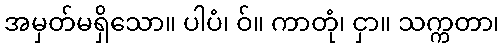
အမှတ်မရှိသော။ ပါပံ၊ ဝ်။ ကာတုံ၊ ငှာ။ သက္ကတာ၊